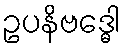
ဥပနိဗဒ္ဓေါ